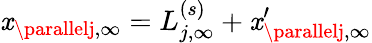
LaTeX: \mathit{x}_{\parallelj,\infty}=L_{j,\infty}^{(s)}+\mathit{x}_{\parallelj,\infty}^{\prime}